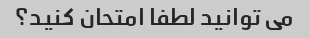
می توانید لطفا امتحان کنید؟